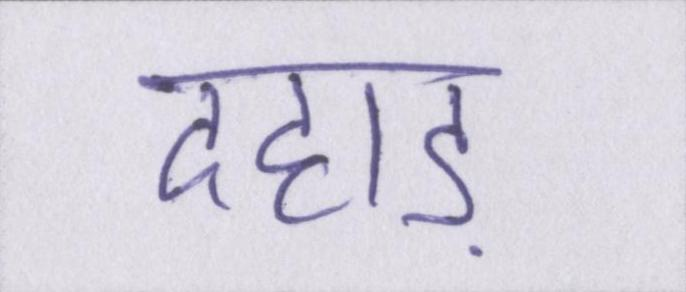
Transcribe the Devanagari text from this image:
दहाड़